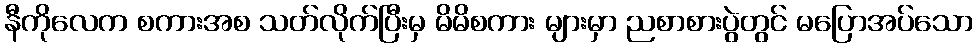
နီကိုလေက စကားအစ သတ်လိုက်ပြီးမှ မိမိစကား များမှာ ညစာစားပွဲတွင် မပြောအပ်သော